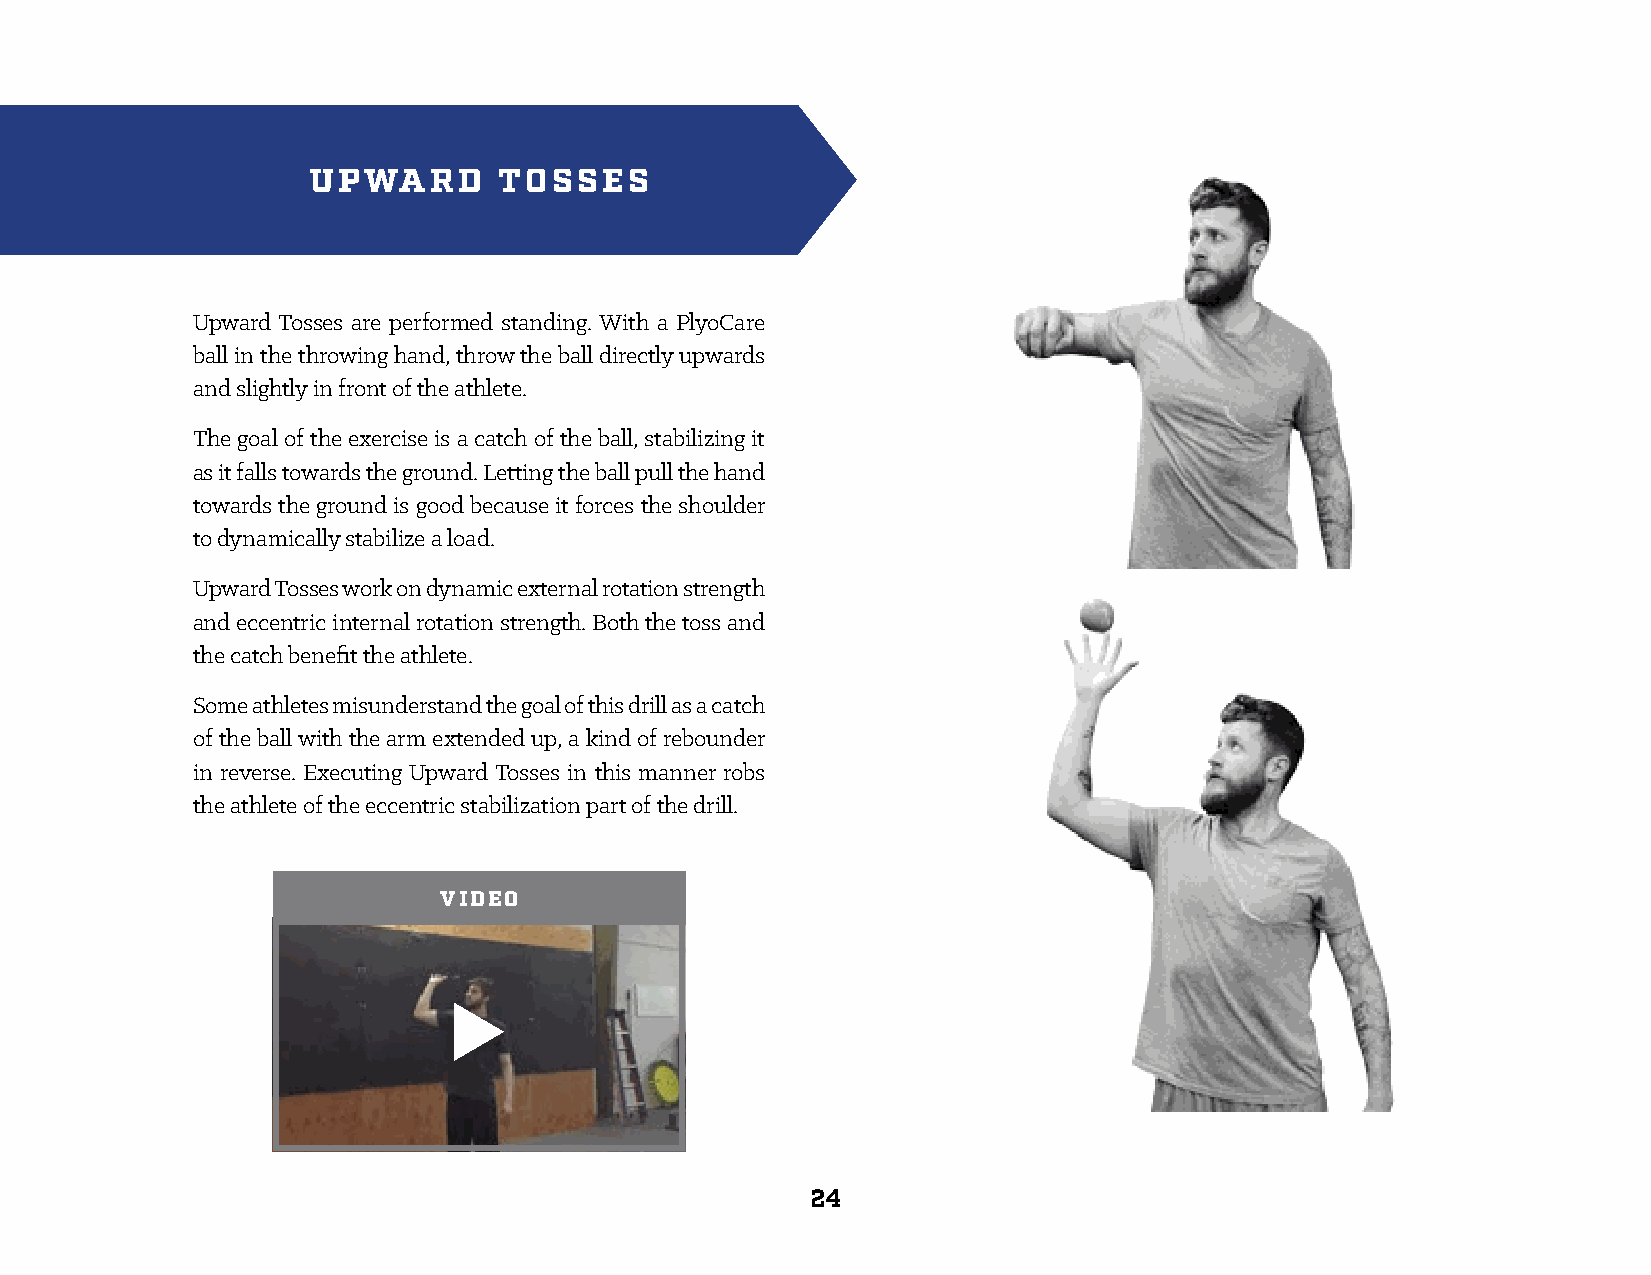
UPWARD       TOSSES
 Upward Tosses are performed standing. With a PlyoCare
 ball in the throwing hand, throw the ball directly upwards
 and slightly in front of the athlete.
 The goal of the exercise is a catch of the ball, stabilizing it
 as it falls towards the ground. Letting the ball pull the hand
 towards the ground is good because it forces the shoulder
 to dynamically stabilize a load.
 Upward Tosses work on dynamic external rotation strength
 and eccentric internal rotation strength. Both the toss and
 the catch benefit the athlete.
 Some athletes misunderstand the goal of this drill as a catch
 of the ball with the arm extended up, a kind of rebounder
 in reverse. Executing Upward Tosses in this manner robs
 the athlete of the eccentric stabilization part of the drill.
 VIDEO
 24